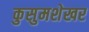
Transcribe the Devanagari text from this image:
कुसुमशेखर